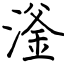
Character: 滏